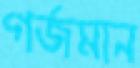
গর্জমান